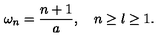
\omega _ { n } = \frac { n + 1 } { a } , \quad n \ge l \ge 1 .